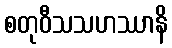
စတုဝီသသဟဿာနိ